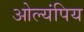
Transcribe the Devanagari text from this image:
ओल्यंपिय